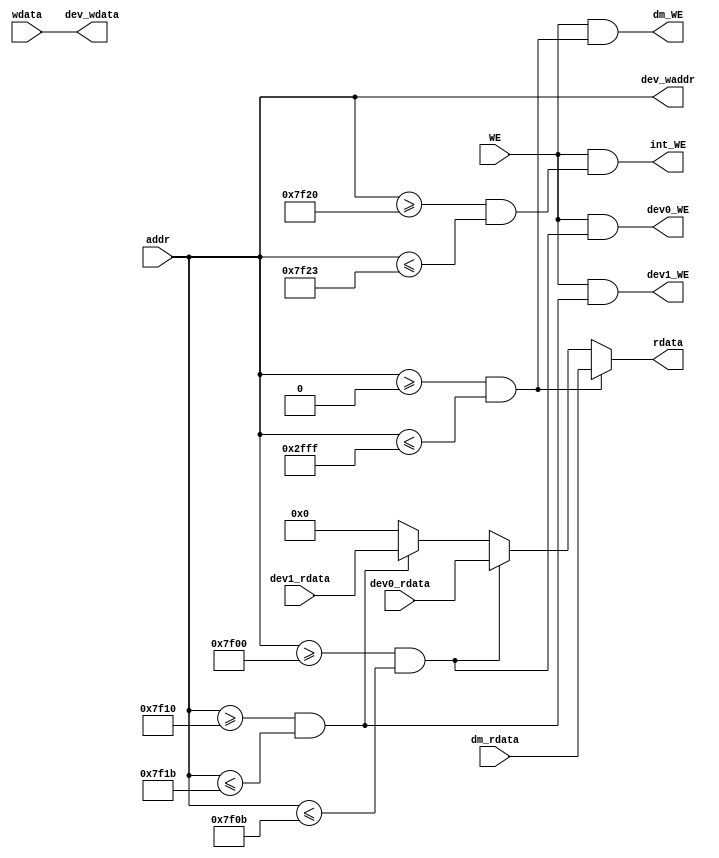
module Bridge (
    input  [31:0] dm_rdata,      // DM
    input  [31:0] dev0_rdata,    // tc0
    input  [31:0] dev1_rdata,    // tc1
    output [31:0] rdata,         // addr
  
    input  [31:0] addr,          // /
    output [31:0] dev_waddr,     // 

    input  [31:0] wdata,         // 
    output [31:0] dev_wdata,     // 
    
    input  WE,                   // 
    output dm_WE,                // DM
    output dev0_WE,              // tc0
    output dev1_WE,              // tc1
    output int_WE                // 
);
    wire dm_addr = (addr>=32'h0000_0000 && addr<=32'h0000_2fff);
    wire t0_addr = (addr>=32'h0000_7f00 && addr<=32'h0000_7f0b);
    wire t1_addr = (addr>=32'h0000_7f10 && addr<=32'h0000_7f1b);
    wire int_addr = (addr>=32'h0000_7f20 && addr<=32'h0000_7f23);

    assign rdata = (dm_addr) ? dm_rdata :
                   (t0_addr) ? dev0_rdata :
                   (t1_addr) ? dev1_rdata : 0;

    assign dev_waddr = addr;

    assign dev_wdata = wdata;

    assign dm_WE = WE && dm_addr;
    assign dev0_WE = WE && t0_addr;
    assign dev1_WE = WE && t1_addr;
    assign int_WE = WE && int_addr;

endmodule